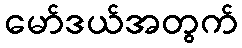
မော်ဒယ်အတွက်